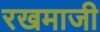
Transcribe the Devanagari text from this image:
रखमाजी